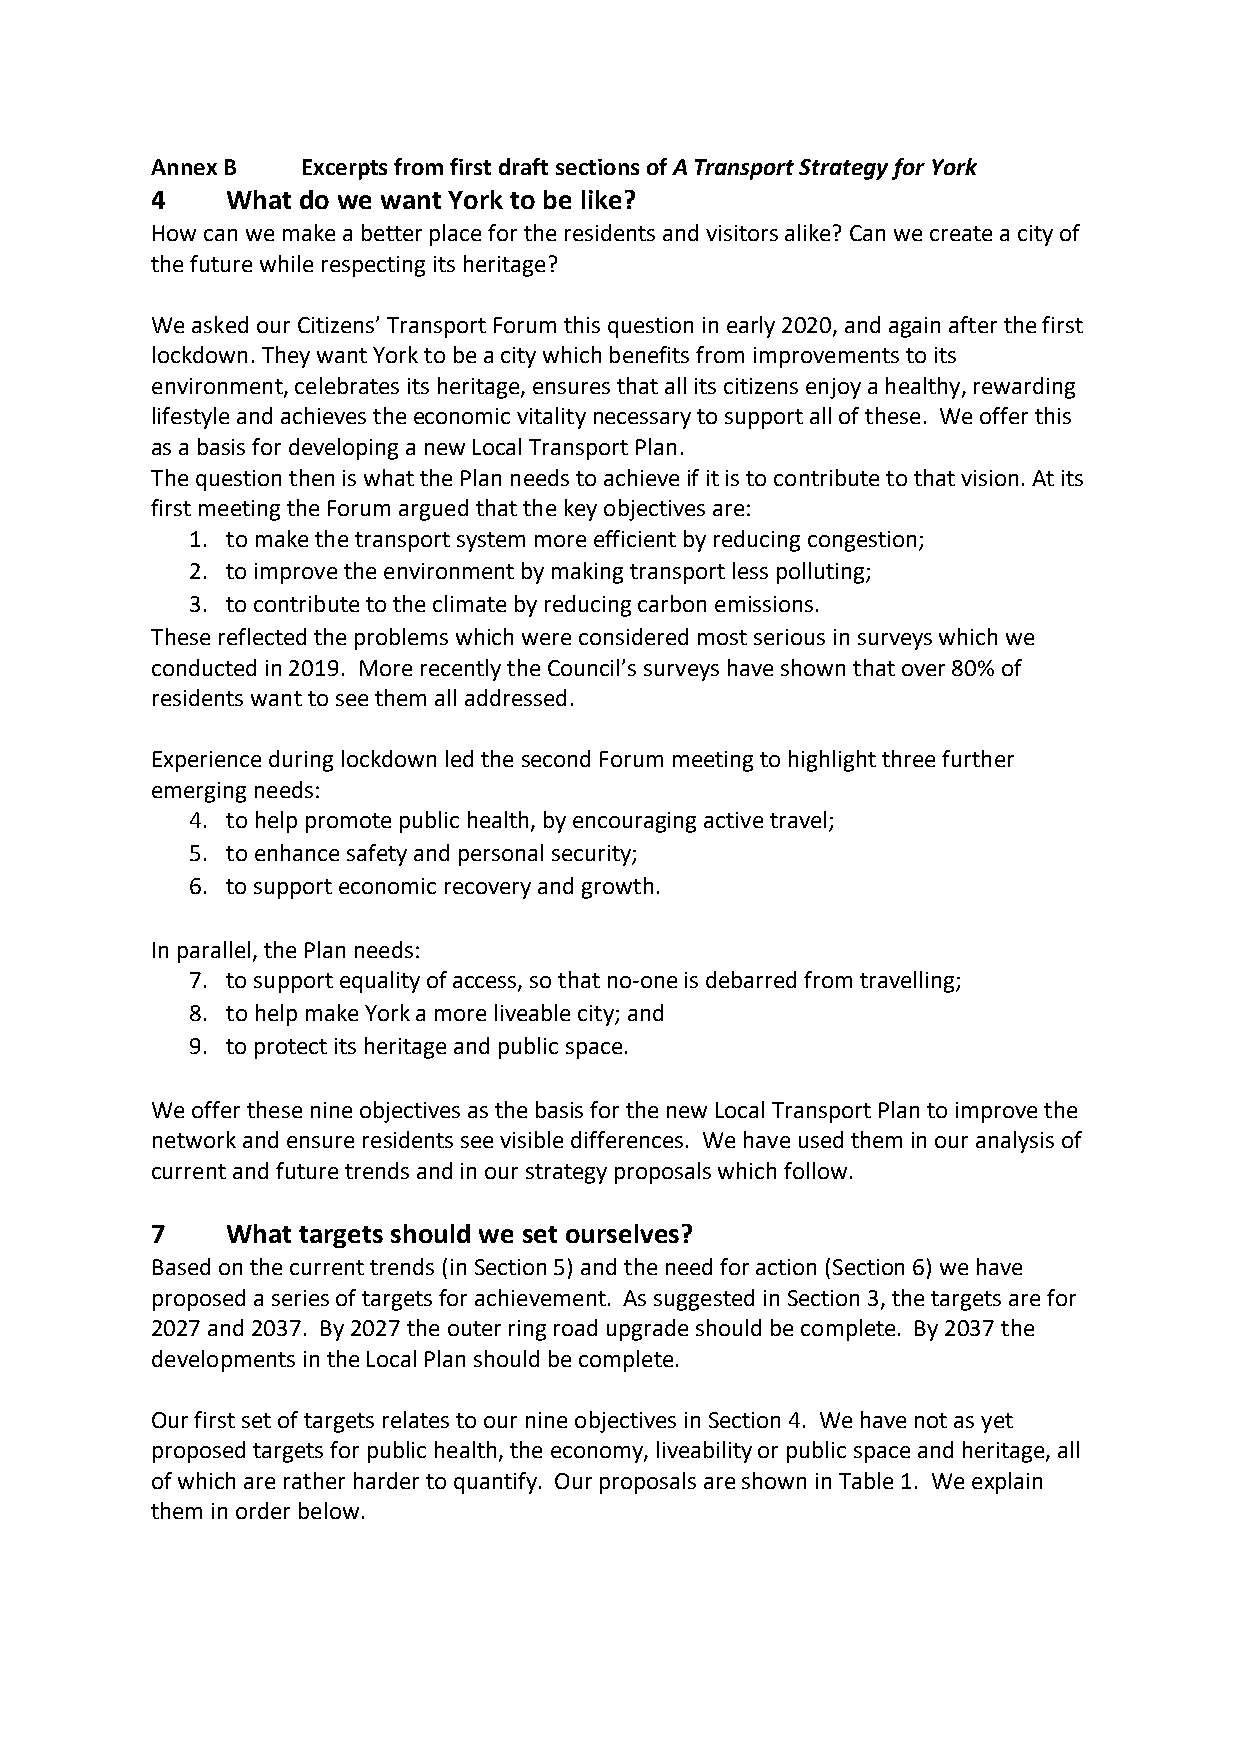
Annex B   Excerpts from first draft sections of A Transport Strategy for York
 4    What do we want York to be like?
 How can we make a better place for the residents and visitors alike? Can we create a city of
 the future while respecting its heritage?
 We asked our Citizens’ Transport Forum this question in early 2020, and again after the first
 lockdown. They want York to be a city which benefits from improvements to its
 environment, celebrates its heritage, ensures that all its citizens enjoy a healthy, rewarding
 lifestyle and achieves the economic vitality necessary to support all of these. We offer this
 as a basis for developing a new Local Transport Plan.
 The question then is what the Plan needs to achieve if it is to contribute to that vision. At its
 first meeting the Forum argued that the key objectives are:
 1. to make the transport system more efficient by reducing congestion;
 2. to improve the environment by making transport less polluting;
 3. to contribute to the climate by reducing carbon emissions.
 These reflected the problems which were considered most serious in surveys which we
 conducted in 2019. More recently the Council’s surveys have shown that over 80% of
 residents want to see them all addressed.
 Experience during lockdown led the second Forum meeting to highlight three further
 emerging needs:
 4. to help promote public health, by encouraging active travel;
 5. to enhance safety and personal security;
 6. to support economic recovery and growth.
 In parallel, the Plan needs:
 7. to support equality of access, so that no-one is debarred from travelling;
 8. to help make York a more liveable city; and
 9. to protect its heritage and public space.
 We offer these nine objectives as the basis for the new Local Transport Plan to improve the
 network and ensure residents see visible differences. We have used them in our analysis of
 current and future trends and in our strategy proposals which follow.
 7    What targets should we set ourselves?
 Based on the current trends (in Section 5) and the need for action (Section 6) we have
 proposed a series of targets for achievement. As suggested in Section 3, the targets are for
 2027 and 2037. By 2027 the outer ring road upgrade should be complete. By 2037 the
 developments in the Local Plan should be complete.
 Our first set of targets relates to our nine objectives in Section 4. We have not as yet
 proposed targets for public health, the economy, liveability or public space and heritage, all
 of which are rather harder to quantify. Our proposals are shown in Table 1. We explain
 them in order below.